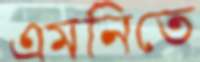
এমনিতে